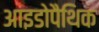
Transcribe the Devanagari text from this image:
आइडोपैथिक